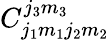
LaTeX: C_{j_{1}m_{1}j_{2}m_{2}}^{j_{3}m_{3}}